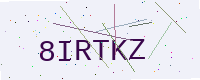
Text: 8IRTKZ